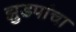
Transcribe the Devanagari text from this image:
झुडपांचा